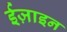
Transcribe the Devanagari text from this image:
ईज़ाइन